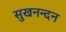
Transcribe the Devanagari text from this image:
सुखनन्दन